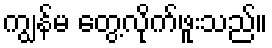
ကျွန်မ တွေ့လိုက်ဖူးသည်။